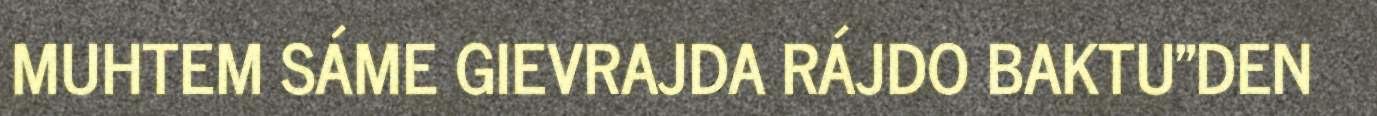
MUHTEM SÁME GIEVRAJDA RÁJDO BAKTU"DEN